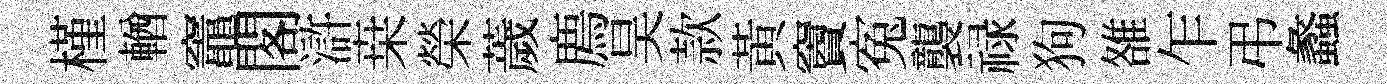
槿輶竈閣滸桒榮薉廌昊款黃竇寃襲禄狗雒乍弔蠡